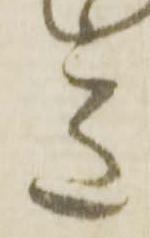
意